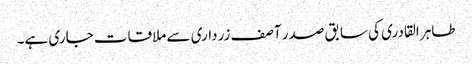
طاہر القادری کی سابق صدر آصف زرداری سے ملاقات جاری ہے۔